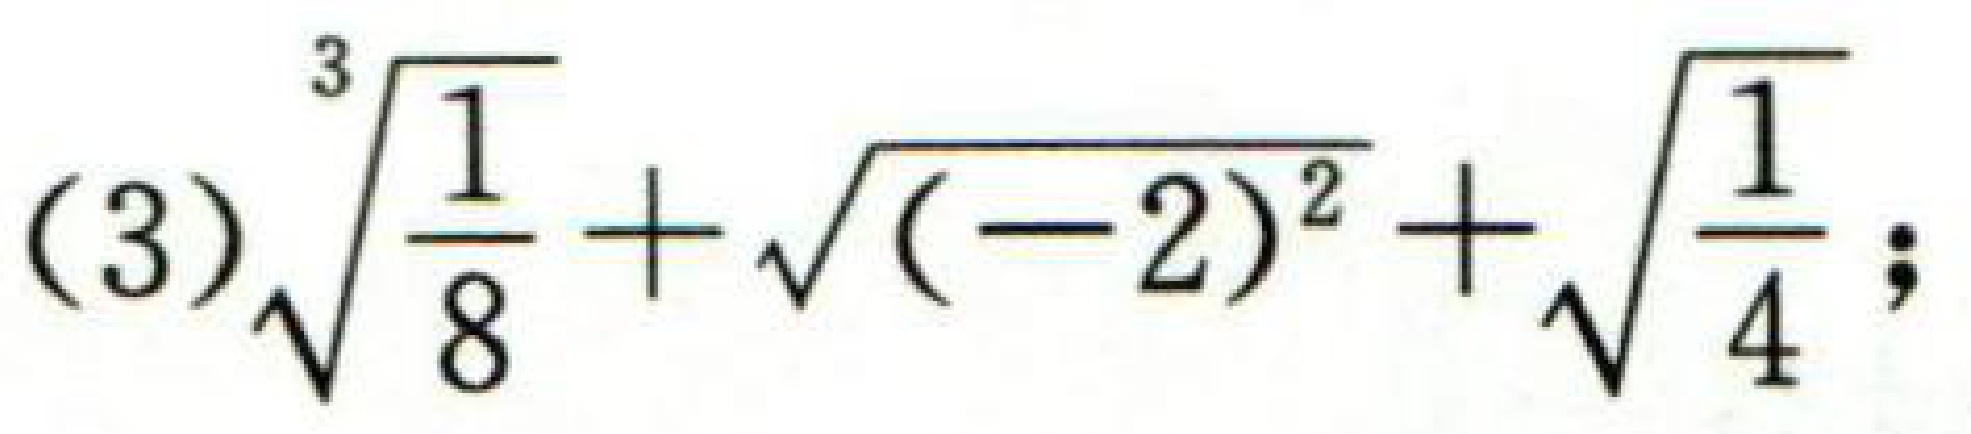
(3)\(\sqrt[3]{\frac{1}{8}}+\sqrt{(-2)^{2}}+\sqrt{\frac{1}{4}}\);